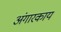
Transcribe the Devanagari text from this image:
अंगारकाय